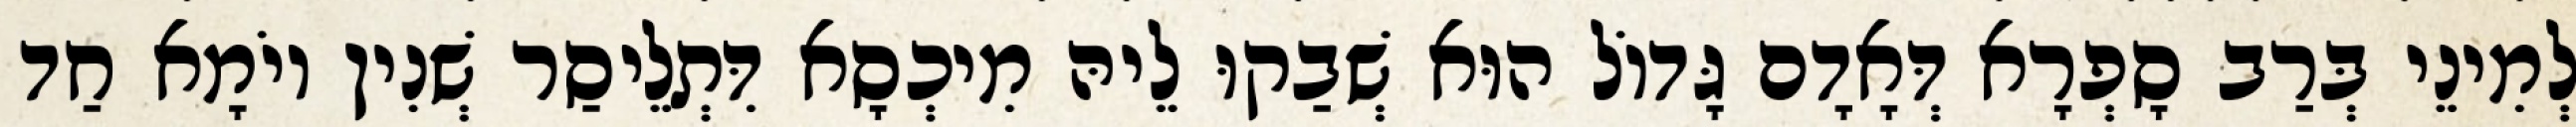
לְמִינֵי בְּרַב סָפְרָא דְּאָדָם גָּדוֹל הוּא שְׁבַקוּ לֵיהּ מִיכְסָא דִּתְלֵיסַר שְׁנִין יוֹמָא חַד